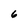
Character: 6